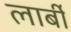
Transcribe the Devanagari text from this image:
लार्बी